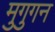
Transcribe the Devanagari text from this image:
मुगुगन